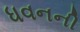
ધવનની